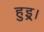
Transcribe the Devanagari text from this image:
हुइ्र।